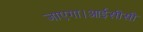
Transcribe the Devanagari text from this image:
जाएगा।आईसीसी